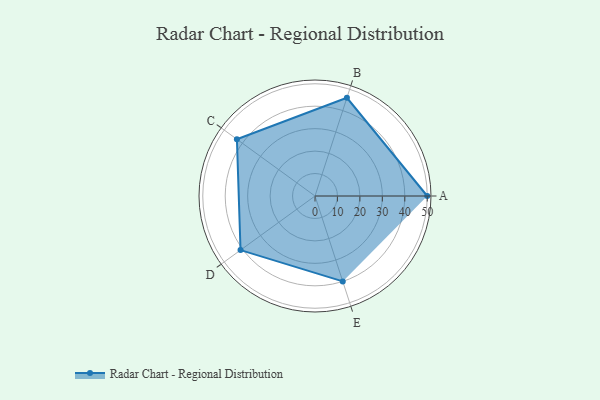
{"axis": {"x": "Skill", "y": "Score"}, "legend": ["Profile"], "data": [{"x": "A", "y": 50.0, "type": "Profile"}, {"x": "B", "y": 46.0, "type": "Profile"}, {"x": "C", "y": 43.0, "type": "Profile"}, {"x": "D", "y": 41.0, "type": "Profile"}, {"x": "E", "y": 40.0, "type": "Profile"}]}